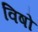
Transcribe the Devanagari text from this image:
विषो